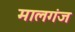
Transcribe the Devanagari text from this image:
मालगंज